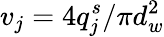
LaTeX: v_{j}=4q_{j}^{s}/\pi d_{w}^{2}